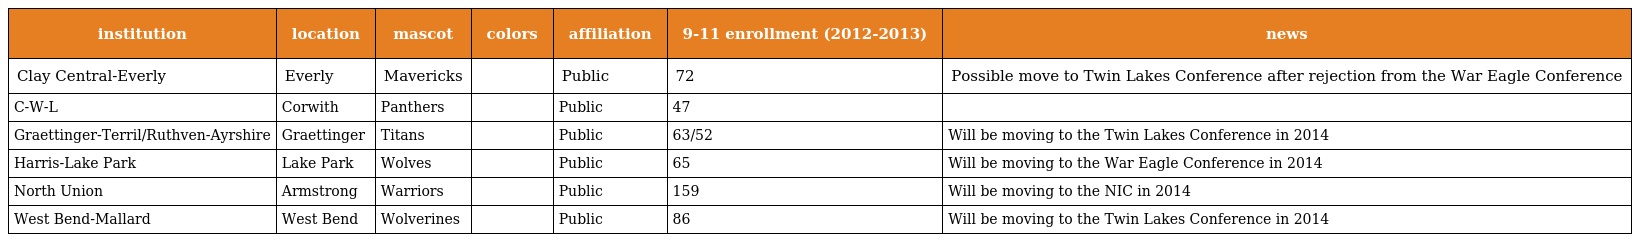
| institution | location | mascot | colors | affiliation | 9-11 enrollment (2012-2013) | news |
 | --- | --- | --- | --- | --- | --- | --- |
 | Clay Central-Everly | Everly | Mavericks |  | Public | 72 | Possible move to Twin Lakes Conference after rejection from the War Eagle Conference |
 | C-W-L | Corwith | Panthers |  | Public | 47 |  |
 | Graettinger-Terril/Ruthven-Ayrshire | Graettinger | Titans |  | Public | 63/52 | Will be moving to the Twin Lakes Conference in 2014 |
 | Harris-Lake Park | Lake Park | Wolves |  | Public | 65 | Will be moving to the War Eagle Conference in 2014 |
 | North Union | Armstrong | Warriors |  | Public | 159 | Will be moving to the NIC in 2014 |
 | West Bend-Mallard | West Bend | Wolverines |  | Public | 86 | Will be moving to the Twin Lakes Conference in 2014 |